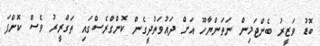
ބޮޑު ވަޒީރު ބެންޖަމިން ނަތަންޔާހޫ އަށް ދައުވަތުދީގެން ކޮންގްރެސްގައި ތަގްރީރު ވެސް ކޮށްފަ